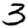
Digit: 3